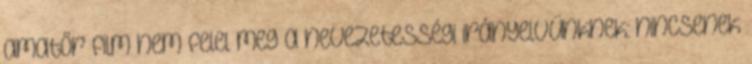
amatőr film nem felel meg a nevezetességi irányelvünknek: nincsenek